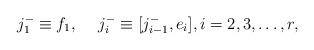
LaTeX: \begin{align*}j^-_1 \equiv f_1, {\hskip 0.5cm} j^-_i \equiv [ j^-_{i-1}, e_{i} ] , i = 2,3,\dots, r,\end{align*}